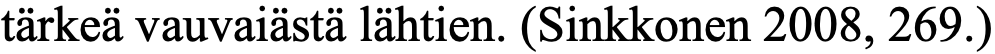
tärkeä vauvaiästä lähtien. (Sinkkonen 2008, 269.)